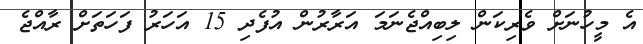
އެ މީހުނަށް ވެރިކަން ލިބިއްޖެނަމަ އަރާރުން އުފެދި 15 އަހަރު ފަހަތަށް ރާއްޖެ